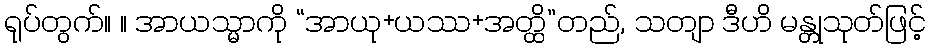
ရုပ်တွက်။ ။ အာယသ္မာကို “အာယု+ယဿ+အတ္ထိ”တည်, သတျာ ဒီဟိ မန္တုသုတ်ဖြင့်